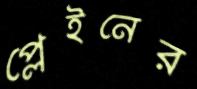
প্লেইনের